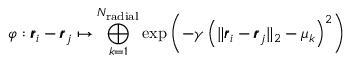
\varphi : \pmb { r } _ { i } - \pmb { r } _ { j } \mapsto \bigoplus _ { k = 1 } ^ { N _ { \mathrm { r a d i a l } } } \exp \left( - \gamma \left( \lVert \pmb { r } _ { i } - \pmb { r } _ { j } \rVert _ { 2 } - \mu _ { k } \right) ^ { 2 } \right)